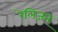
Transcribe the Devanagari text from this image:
रेलिजन्